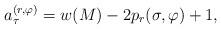
LaTeX: \begin{align*} a_{\tau}^{(r,\varphi)}=w(M)-2p_{r}(\sigma,\varphi)+1,\end{align*}